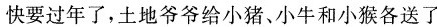
快要过年了，土地爷爷给小猪、小牛和小猴各送了